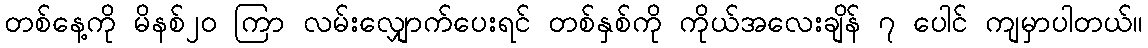
တစ်နေ့ကို မိနစ်၂၀ ကြာ လမ်းလျှောက်ပေးရင် တစ်နှစ်ကို ကိုယ်အလေးချိန် ၇ ပေါင် ကျမှာပါတယ်။